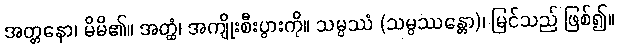
အတ္တနော၊ မိမိ၏။ အတ္ထံ၊ အကျိုးစီးပွားကို။ သမ္ပဿံ (သမ္ပဿန္တော)၊ မြင်သည် ဖြစ်၍။